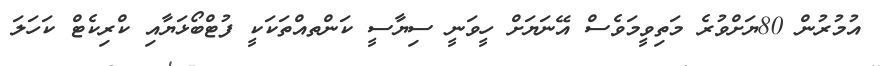
އުމުރުން 80ޔަށްވުރެ މަތިވީމަވެސް އޭނަޔަށް ހީވަނީ ސިޔާސީ ކަންތއްތަކަކީ ފުޓްބޯޅަޔާއި ކްރިކެޓް ކަހަލަ